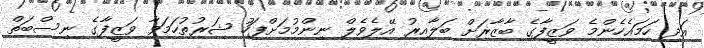
އަދި ހަމައެހެންމެ ވަޒީފާގެ ބާޒާރަށް ބަލާއިރު އޭލެވެލް ނިންމުމަށްފަހު ޝަރުތުހަމަވާ ވަޒީފާގެ ނިސްބަތް